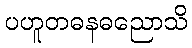
ပဟူတဓနဓညောသိ